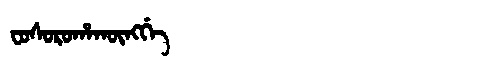
Manchu: ᠸᠣᠰᠣᡵᠣᡥᠠᡴᡡᠩᡤᡝ
Romanization: FOSOROHAKŪNGGE